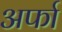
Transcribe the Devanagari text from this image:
अर्फा